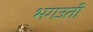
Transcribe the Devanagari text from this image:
भगउती